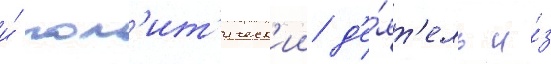
и́ пол'ит'ическ'ии д'е́ят'ель и́з